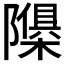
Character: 𮥬